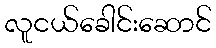
လူငယ်ခေါင်းဆောင်